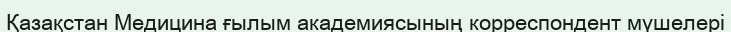
Қазақстан Медицина ғылым академиясының корреспондент мүшелері